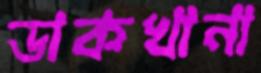
ডাকখানা